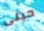
حبلى